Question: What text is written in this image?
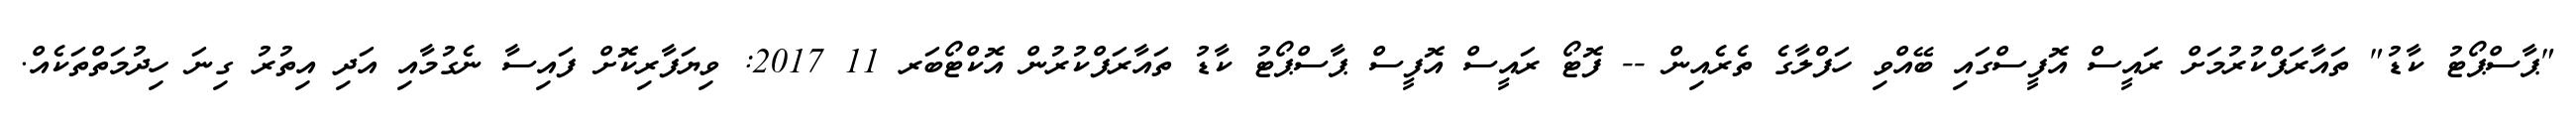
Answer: "ޕާސްޕޯޓު ކާޑު" ތައާރަފްކުރުމަށް ރައީސް އޮފީސްގައި ބޭއްވި ހަފްލާގެ ތެރެއިން -- ފޮޓޯ ރައީސް އޮފީސް ޕާސްޕޯޓު ކާޑު ތައާރަފްކުރުން އޮކްޓޯބަރ 11 2017: ވިޔަފާރިކޮށް ފައިސާ ނެގުމާއި އަދި އިތުރު ގިނަ ހިދުމަތްތަކެއް.